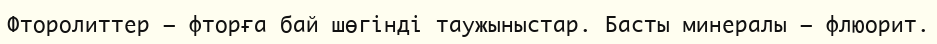
Фторолиттер — фторға бай шөгінді таужыныстар. Басты минералы — флюорит.